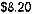
$8.20